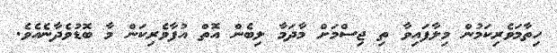
ހިތާމަވެރިކަމުން މިލާފައިވާ ތި ޖިސްމަށް މާދަމާ ލިބެން އޮތް އުފާވެރިކަން މާ ބޮޑުވެދާނެއެވެ.